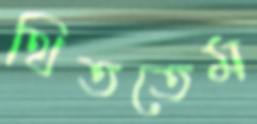
থিততেম